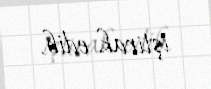
iştirak edib.